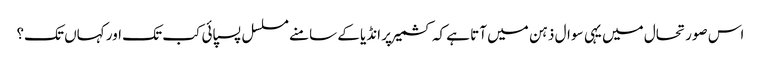
اس صورتحال میں یہی سوال ذہن میں آتا ہے کہ کشمیر پر انڈیا کے سامنے مسلسل پسپائی کب تک اور کہاں تک؟